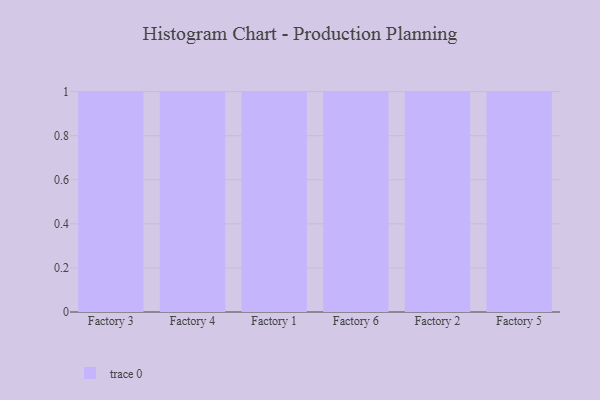
{"axis": {"x": "Factory", "y": "Temperature (°C)"}, "legend": [""], "data": [{"x": "Factory 3", "y": 50, "type": ""}, {"x": "Factory 4", "y": 75, "type": ""}, {"x": "Factory 1", "y": 52, "type": ""}, {"x": "Factory 6", "y": 4, "type": ""}, {"x": "Factory 2", "y": 77, "type": ""}, {"x": "Factory 5", "y": 70, "type": ""}]}